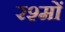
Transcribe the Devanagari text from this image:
रश्मों